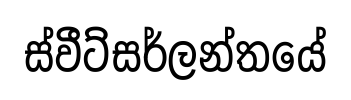
ස්වීට්සර්ලන්තයේ